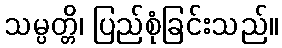
သမ္ပတ္တိ၊ ပြည်စုံခြင်းသည်။